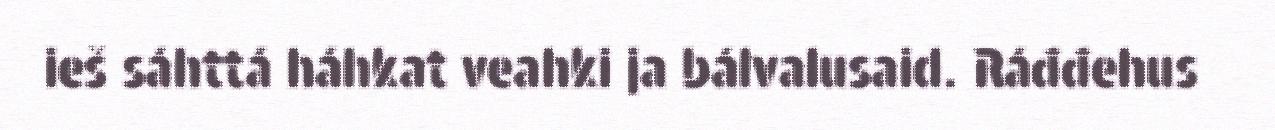
ieš sáhttá háhkat veahki ja bálvalusaid. Ráđđehus